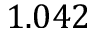
1 . 0 4 2